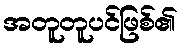
အတူတူပင်ဖြစ်၏